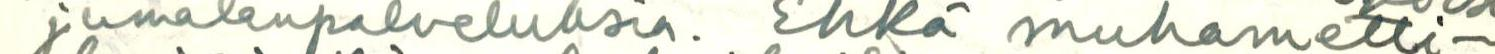
jumalanpalveluksia. Ehkä muhametti-